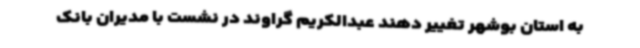
به استان بوشهر تغییر دهند عبدالکریم گراوند در نشست با مدیران بانک